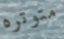
متوتره